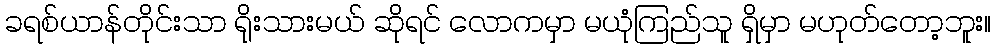
ခရစ်ယာန်တိုင်းသာ ရိုးသားမယ် ဆိုရင် လောကမှာ မယုံကြည်သူ ရှိမှာ မဟုတ်တော့ဘူး။